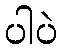
ပါပဲ